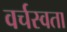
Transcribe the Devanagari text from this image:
वर्चस्वता